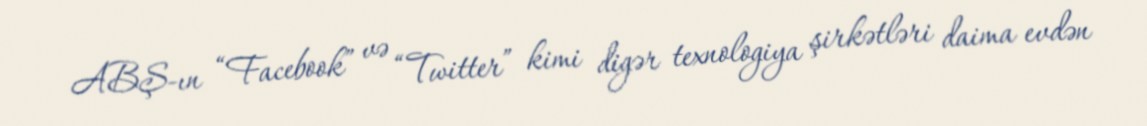
ABŞ-ın “Facebook” və “Twitter” kimi digər texnologiya şirkətləri daima evdən